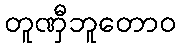
တူဏှီဘူတောဝ